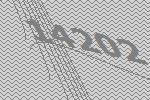
14202